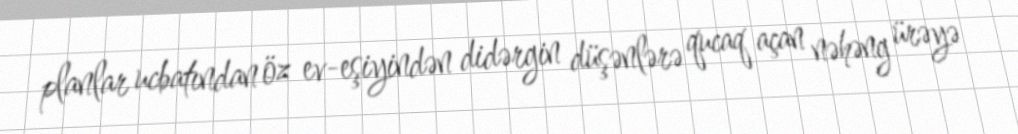
planlar ucbatından öz ev-eşiyindən didərgin düşənlərə qucaq açan nəhəng ürəyə